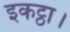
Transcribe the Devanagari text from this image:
इकट्ठा।